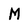
Character: M